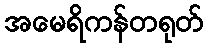
အမေရိကန်တရုတ်